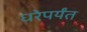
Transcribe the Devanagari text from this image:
धरेपर्यंत